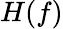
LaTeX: H(f)